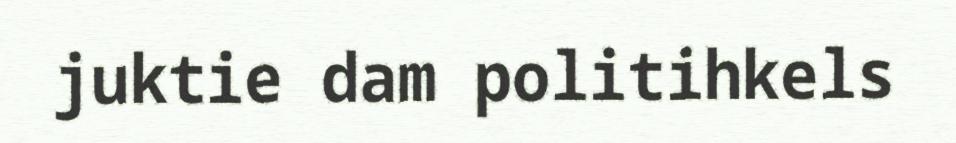
juktie dam politihkels